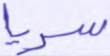
سريا